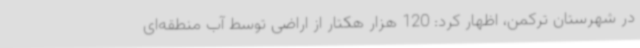
در شهرستان ترکمن، اظهار کرد: 120 هزار هکتار از اراضی توسط آب منطقه‌ای